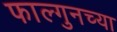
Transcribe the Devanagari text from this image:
फाल्गुनच्या